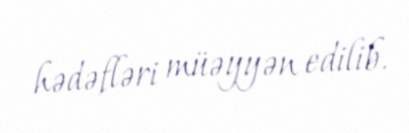
hədəfləri müəyyən edilib.